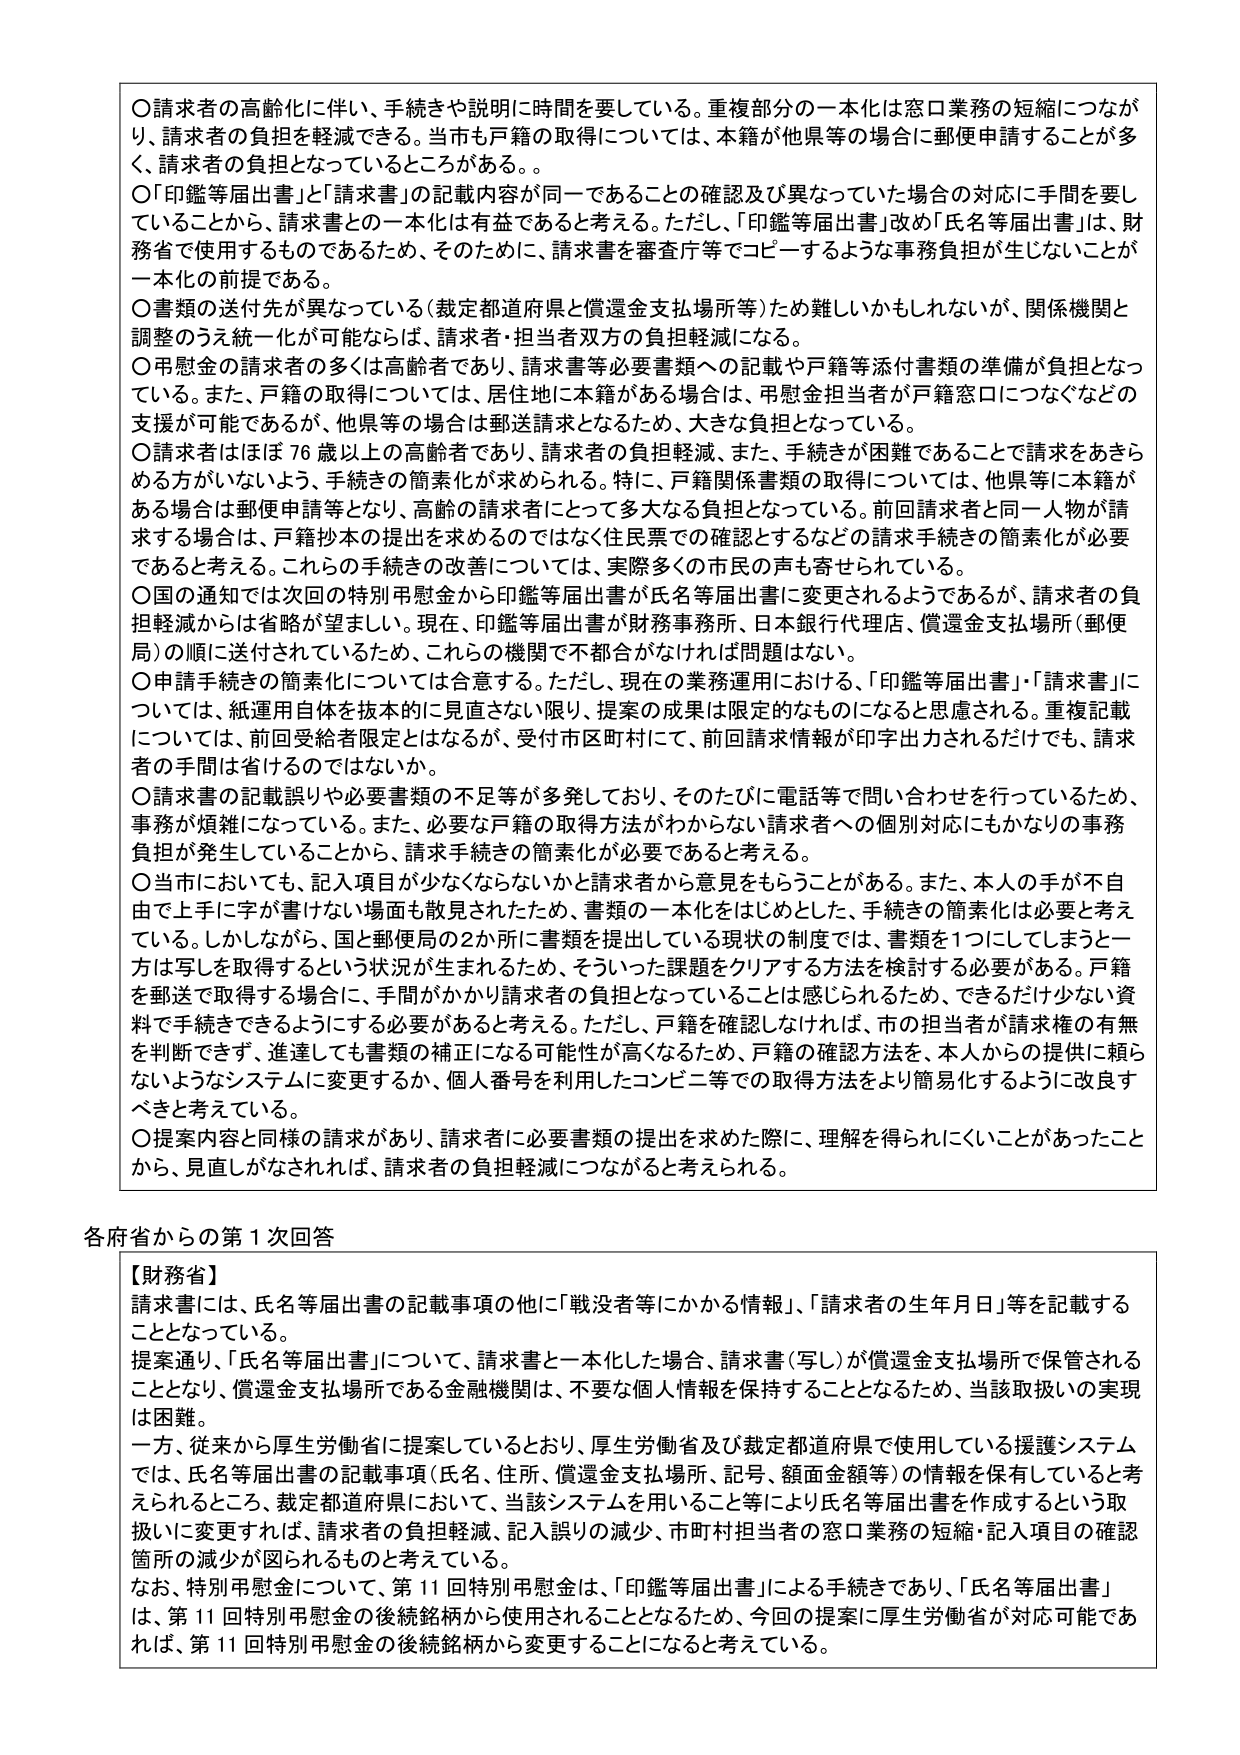
〇請求者の高齢化に伴い、手続きや説明に時間を要している。重複部分の一本化は窓口業務の短縮につながり、請求者の負担を軽減できる。当市も戸籍の取得については、本籍が他県等の場合に郵便申請することが多く、請求者の負担となっているところがある。。

〇「印鑑等届出書」と「請求書」の記載内容が同一であることの確認及び異なっていた場合の対応に手間を要していることから、請求書との一本化は有益であると考える。ただし、「印鑑等届出書」改め「氏名等届出書」は、財務省で使用するものであるため、そのために、請求書を審査庁等でコピーするような事務負担が生じないことが一本化の前提である。

〇書類の送付先が異なっている（裁定都道府県と償還金支払場所等）ため難しいかもしれないが、関係機関と調整のうえ統一化が可能ならば、請求者・担当者双方の負担軽減になる。

〇弔慰金の請求者の多くは高齢者であり、請求書等必要書類への記載や戸籍等添付書類の準備が負担となっている。また、戸籍の取得については、居住地に本籍がある場合は、弔慰金担当者が戸籍窓口につなぐなどの支援が可能であるが、他県等の場合は郵送請求となるため、大きな負担となっている。

〇請求者はほぼ76歳以上の高齢者であり、請求者の負担軽減、また、手続きが困難であることで請求をあきらめる方がいないよう、手続きの簡素化が求められる。特に、戸籍関係書類の取得については、他県等に本籍がある場合は郵便申請等となり、高齢の請求者にとっては多大な負担となっている。前回請求者と同一人物が請求する場合は、戸籍抄本の提出を求めるのではなく住民票での確認とするなどの請求手続きの簡素化が必要であると考える。これらの手続きの改善については、実際多くの市民の声も寄せられている。

〇国の通知では次回の特別弔慰金から印鑑等届出書が氏名等届出書に変更されるようであるが、請求者の負担軽減からは省略が望ましい。現在、印鑑等届出書が財務事務所、日本銀行代理店、償還金支払場所（郵便局）の順に送付されているため、これらの機関で不都合がなければ問題はない。

〇申請手続きの簡素化については合意する。ただし、現在の業務運用における、「印鑑等届出書」・「請求書」については、紙運用自体を抜本的に見直さない限り、提案の成果は限定的なものになると思慮される。重複記載については、前回受給者限定とはなるが、受付市区町村にて、前回請求情報が印字出力されるだけでも、請求者の手間は省けるのではないか。

〇請求書の記載誤りや必要書類の不足等が多発しており、そのたびに電話等で問い合わせを行っているため、事務が煩雑になっている。また、必要な戸籍の取得方法がわからない請求者への個別対応にもかなりの事務負担が発生していることから、請求手続きの簡素化が必要であると考える。

〇当市においても、記入項目が少なくならないかと請求者から意見をもらうことがある。また、本人の手が不自由で上手に字が書けない場面も散見されたため、書類の一本化をはじめとした、手続きの簡素化は必要と考えている。しかしながら、国と郵便局の2か所に書類を提出している現状の制度では、書類を1つにしてしまうと一方は写しを取得するという状況が生まれるため、そういった課題をクリアする方法を検討する必要がある。戸籍を郵送で取得する場合に、手間がかかり請求者の負担となっていることは感じられるため、できるだけ少ない資料で手続きできるようにする必要があると考える。ただし、戸籍を確認しなければ、市担当者が請求権の有無を判断できず、進達しても書類の補正になる可能性が高くなるため、戸籍の確認方法を、本人からの提供に頼らないようなシステムに変更するか、個人番号を利用したコンビニ等での取得方法をより簡易化するように改良すべきと考えている。

〇提案内容と同様の請求があり、請求者に必要書類の提出を求めた際に、理解を得られにくいことがあったことから、見直しがなされれば、請求者の負担軽減につながると考えられる。

各府省からの第1次回答

【財務省】
請求書には、氏名等届出書の記載事項の他に「戦没者等にかかる情報」、「請求者の生年月日」等を記載することとなっている。
提案通り、「氏名等届出書」について、請求書と一本化した場合、請求書（写し）が償還金支払場所で保管されることとなり、償還金支払場所である金融機関は、不要な個人情報を保持することとなるため、当該取扱いの実現は困難。
一方、従来から厚生労働省に提案しているとおり、厚生労働省及び裁定都道府県で使用している援護システムでは、氏名等届出書の記載事項（氏名、住所、償還金支払場所、記号、額面金額等）の情報を保有していると考えられるところ、裁定都道府県において、当該システムを用いること等により氏名等届出書を作成するという取扱いに変更すれば、請求者の負担軽減、記入誤りの減少、市町村担当者の窓口業務の短縮・記入項目の確認箇所の減少が図られるものと考えている。
なお、特別弔慰金について、第11回特別弔慰金は、「印鑑等届出書」による手続きであり、「氏名等届出書」は、第11回特別弔慰金の後続銘柄から使用されることとなるため、今回の提案に厚生労働省が対応可能であれば、第11回特別弔慰金の後続銘柄から変更することになると考えている。